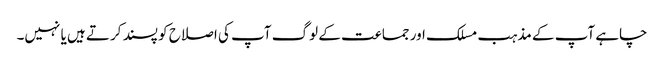
چاہے آپ کے مذہب مسلک اور جماعت کے لوگ آپ کی اصلاح کو پسند کرتے ہیں یا نہیں۔